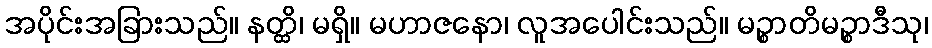
အပိုင်းအခြားသည်။ နတ္ထိ၊ မရှိ။ မဟာဇနော၊ လူအပေါင်းသည်။ မဉ္စာတိမဉ္စာဒီသု၊